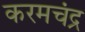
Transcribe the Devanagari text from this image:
करमचंद्र